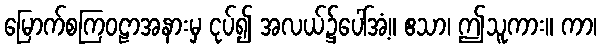
မြောက်စကြဝဠာအနားမှ ငုပ်၍ အလယ်၌ပေါ်အံ့။ ဧသာ၊ ဤသူကား။ ကာ၊